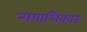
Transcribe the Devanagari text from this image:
न्ययाधिकार